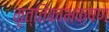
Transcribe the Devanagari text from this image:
मृत्तिकाभक्षण